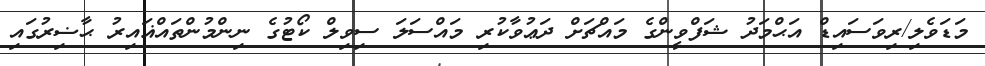
މަޑަވެލި/ރިވަސައިޑް އަޙްމަދު ޝަފްވީންގެ މައްޗަށް ދަޢުވާކުރި މައްސަލަ ސިވިލް ކޯޓުގެ ނިންމުންތައްޣައިރު ޙާޟިރުގައި